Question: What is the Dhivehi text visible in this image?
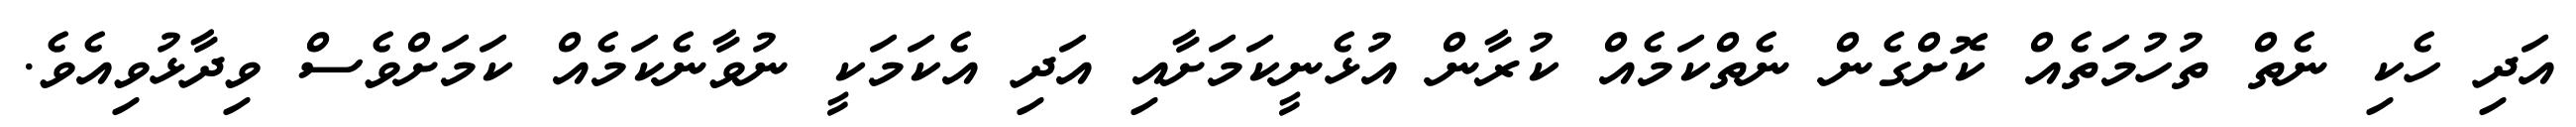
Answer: އަދި ހެކި ނެތް ތުހުމަތެއް ކޮށްގެން ނެތްކަމެއް ކުރާން އުޅެނީކަމަށާއި އަދި އެކަމަކީ ނުވާނެކަމެއް ކަމަށްވެސް ވިދާޅުވިއެވެ.